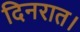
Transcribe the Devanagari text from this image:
दिनरात।